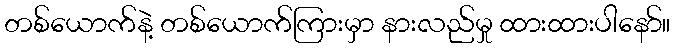
တစ်ယောက်နဲ့ တစ်ယောက်ကြားမှာ နားလည်မှု ထားထားပါနော်။